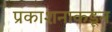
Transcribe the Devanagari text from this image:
प्रकाशनाकडून